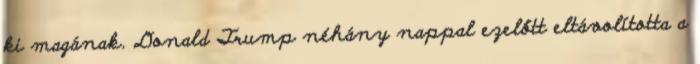
ki magának. Donald Trump néhány nappal ezelőtt eltávolította a